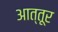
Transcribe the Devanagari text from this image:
आत्तूर